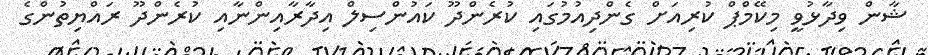
ޝާން ވިދާޅުވީ މިކޭމްޕް ކުރިއަށް ގެންދިއުމުގައި ކުރެންދޫ ކައުންސިލް އިދާރާއިންނާއި ކުރެންދޫ ރައްޔިތުންގެ